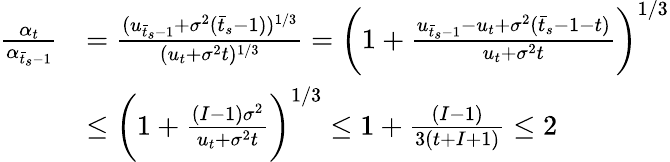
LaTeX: \begin{array}{rl}{\frac{\alpha_{t}}{\alpha_{\bar{t}_{s}-1}}}&{=\frac{(u_{\bar{t}_{s}-1}+\sigma^{2}(\bar{t}_{s}-1))^{1/3}}{(u_{t}+\sigma^{2}t)^{1/3}}=\bigg(1+\frac{u_{\bar{t}_{s}-1}-u_{t}+\sigma^{2}(\bar{t}_{s}-1-t)}{u_{t}+\sigma^{2}t}\bigg)^{1/3}}\\ &{\leq\bigg(1+\frac{(I-1)\sigma^{2}}{u_{t}+\sigma^{2}t}\bigg)^{1/3}\leq 1+\frac{(I-1)}{3(t+I+1)}\leq 2}\end{array}